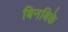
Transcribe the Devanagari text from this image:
बिनबिके